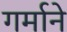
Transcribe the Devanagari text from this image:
गर्माने